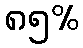
၈၅%